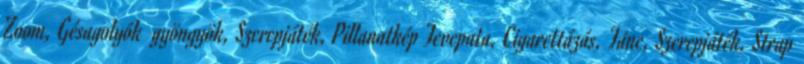
Zoom, Gésagolyók gyöngyök, Szerepjáték, Pillanatkép Tevepata, Cigarettázás, Tánc, Szerepjáték, Strap